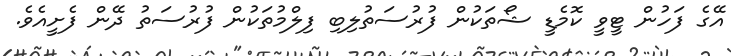
އޭގެ ފަހުން ޓީވީ ކޮމެޑީ ޝޯތަކުން ފުރުސަތުލިބި ފިލްމުތަކުން ފުރުސަތު ދޭން ފެށީއެވެ.